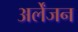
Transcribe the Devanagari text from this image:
अर्लेंजन